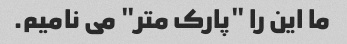
ما این را "پارک متر" می نامیم.